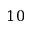
1 0